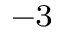
^ { - 3 }